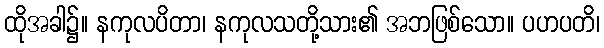
ထိုအခါ၌။ နကုလပိတာ၊ နကုလသတို့သား၏ အဘဖြစ်သော။ ပဟပတိ၊